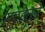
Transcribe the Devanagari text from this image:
सद्‍हेतूने